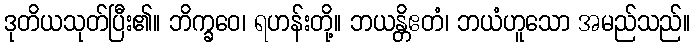
ဒုတိယသုတ်ပြီး၏။ ဘိက္ခဝေ၊ ရဟန်းတို့။ ဘယန္တိဧတံ၊ ဘယံဟူသော အမည်သည်။